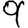
Digit: 9